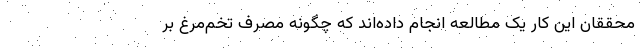
محققان این کار یک مطالعه انجام داده‌اند که چگونه مصرف تخم‌مرغ بر